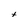
Character: t